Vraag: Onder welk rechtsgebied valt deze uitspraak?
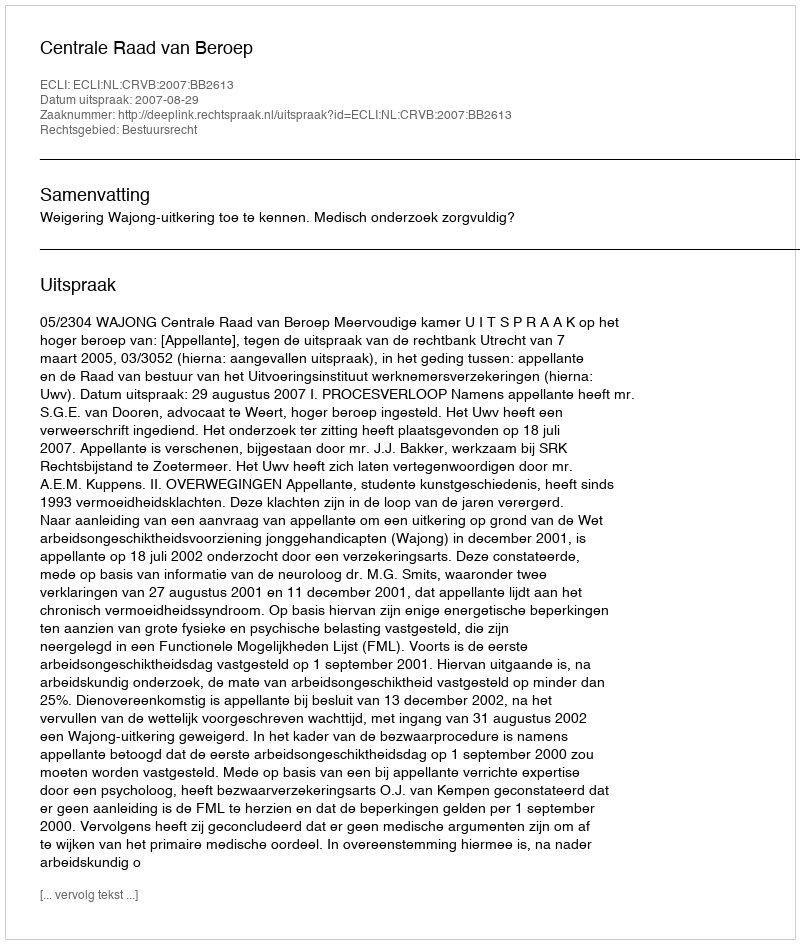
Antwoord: Bestuursrecht